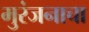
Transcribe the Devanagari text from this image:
मुरंजनाचा